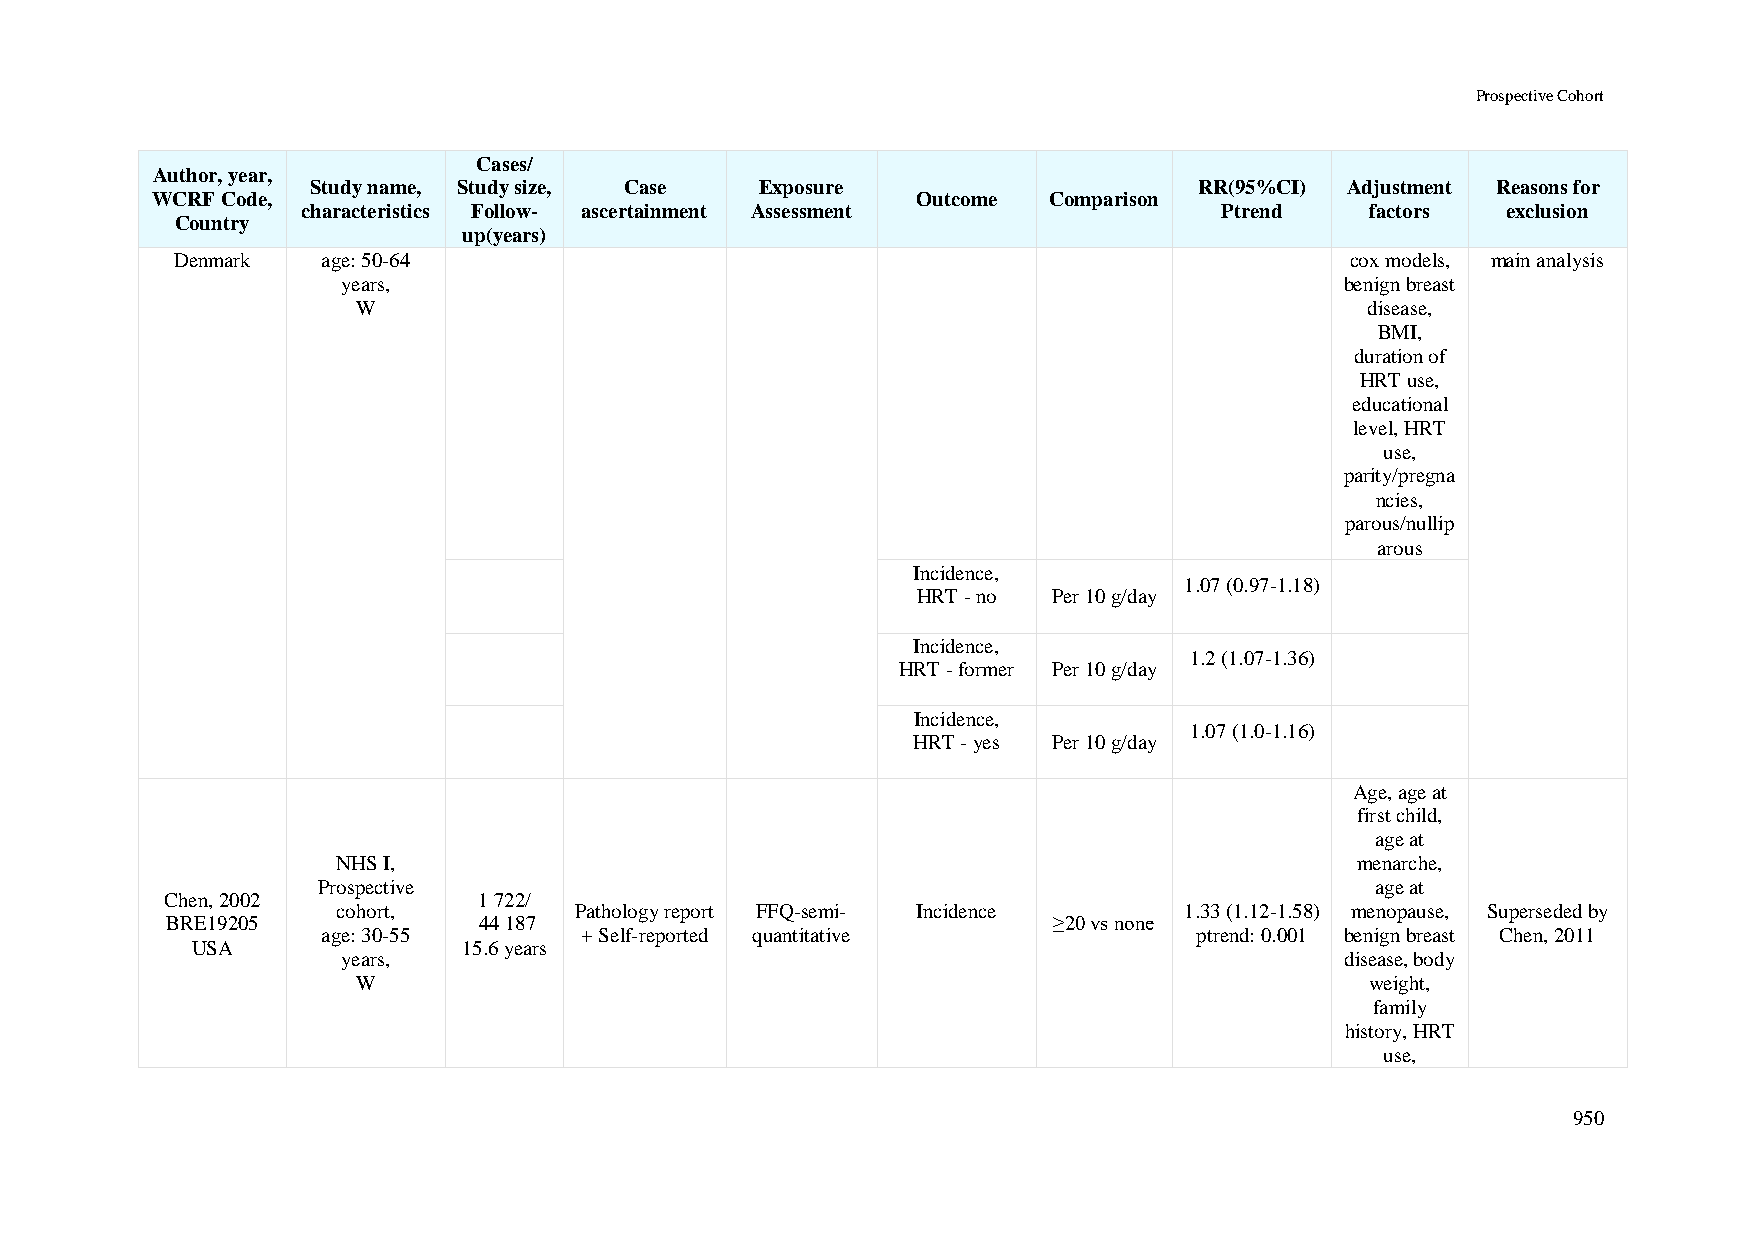
Prospective Cohort
 Cases/
 Author, year,
 Study name, Study size, Case Exposure                     RR(95%CI) Adjustment Reasons for
 WCRF Code,                                         Outcome Comparison
 characteristics Follow- ascertainment Assessment             Ptrend    factors  exclusion
 Country
 up(years)
 Denmark  age: 50-64                                                          cox models, main analysis
 years,                                                            benign breast
 W                                                                  disease,
 BMI,
 duration of
 HRT use,
 educational
 level, HRT
 use,
 parity/pregna
 ncies,
 parous/nullip
 arous
 Incidence,
 1.07 (0.97-1.18)
 HRT - no Per 10 g/day
 Incidence,
 1.2 (1.07-1.36)
 HRT - former Per 10 g/day
 Incidence,
 1.07 (1.0-1.16)
 HRT - yes Per 10 g/day
 Age, age at
 first child,
 age at
 NHS I,                                                              menarche,
 Prospective                                                           age at
 Chen, 2002           1 722/
 cohort,         Pathology report FFQ-semi- Incidence    1.33 (1.12-1.58) menopause, Superseded by
 BRE19205             44 187                                ≥20 vs none
 age: 30-55       + Self-reported quantitative             ptrend: 0.001 benign breast Chen, 2011
 USA               15.6 years
 years,                                                            disease, body
 W                                                                  weight,
 family
 history, HRT
 use,
 950